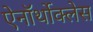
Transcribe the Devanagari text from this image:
ऐनॉर्थोक्लेस